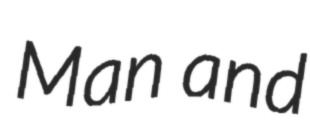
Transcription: Man and